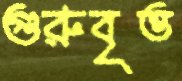
গুরুবৃত্ত